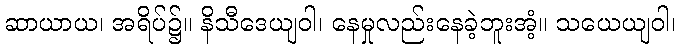
ဆာယာယ၊ အရိပ်၌။ နိသီဒေယျဝါ၊ နေမှုလည်းနေခဲ့ဘူးအံ့။ သယေယျဝါ၊